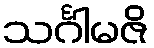
သင်္ဂါမဇိ